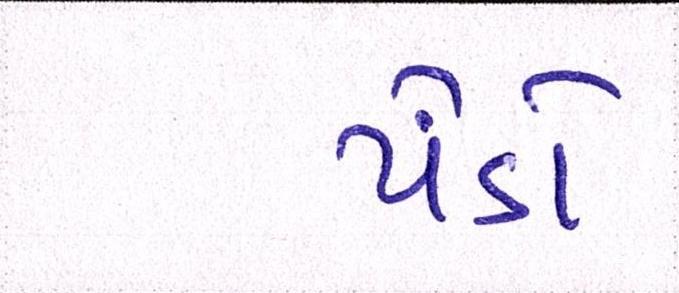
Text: પેંડો